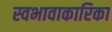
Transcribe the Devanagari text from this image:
स्वभावाकारिका